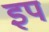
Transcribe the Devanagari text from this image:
इप